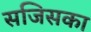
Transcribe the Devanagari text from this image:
सजिसका